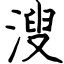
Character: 溲